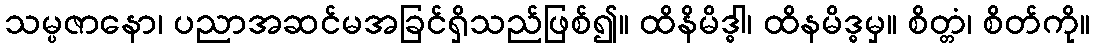
သမ္ပဇာနော၊ ပညာအဆင်မအခြင်ရှိသည်ဖြစ်၍။ ထိနိမိဒ္ဓါ၊ ထိနမိဒ္ဓမှ။ စိတ္တံ၊ စိတ်ကို။